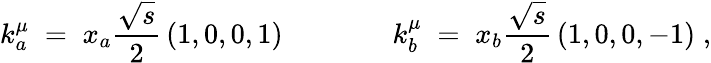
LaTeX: k_{a}^{\mu}\; =\; x_{a}\frac{\sqrt{s}}{2}\, \left(1,0,0,1\right)\; \; \; \; \; \; \; \; \; \; \; \; \; \; k_{b}^{\mu}\; =\; x_{b}\frac{\sqrt{s}}{2}\, \left(1,0,0,-1\right)\; ,